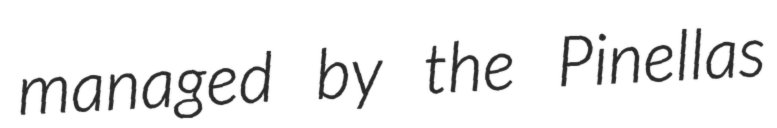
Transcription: managed by the Pinellas